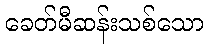
ခေတ်မီဆန်းသစ်သော